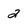
Character: 2